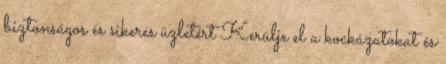
biztonságos és sikeres üzletért Kerülje el a kockázatokat és